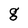
Character: g